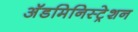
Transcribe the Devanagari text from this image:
अॅडमिनिस्ट्रेशन